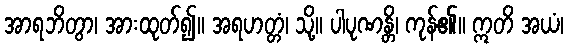
အာရဘိတွာ၊ အားထုတ်၍။ အရဟတ္တံ၊ သို့။ ပါပုဏန္တိ၊ ကုန်၏။ ဣတိ အယံ၊